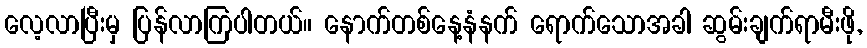
လေ့လာပြီးမှ ပြန်လာကြပါတယ်။ နောက်တစ်နေ့နံနက် ရောက်သောအခါ ဆွမ်းချက်ရာမီးဖို,